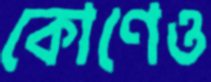
কোণেও